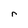
Character: r